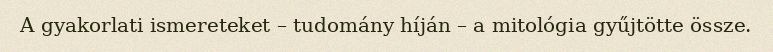
A gyakorlati ismereteket – tudomány híján – a mitológia gyűjtötte össze.